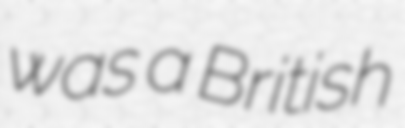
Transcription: was a British